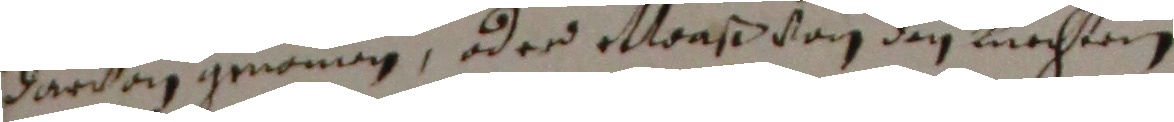
darvon genommen oder etwaß von den liechten